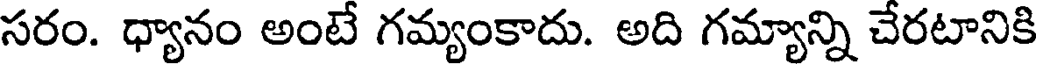
సరం. ధ్యానం అంటే గమ్యంకాదు. అది గమ్యాన్ని చేరటానికి